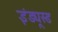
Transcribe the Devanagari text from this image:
इंड्यूस्ड